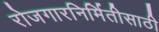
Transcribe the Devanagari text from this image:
रोजगारनिर्मितीसाठी